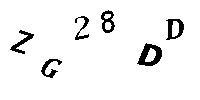
ZG28DD